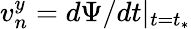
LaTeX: v_{n}^{y}=d\Psi/dt\vert_{t=t_{*}}